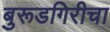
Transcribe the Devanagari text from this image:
बुरूडगिरीचा